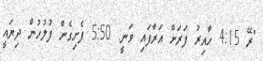
"ރޭ 4:15 ހާއިރު ފަރަށް އަރާފައި ވަނީ. 5:50 ފެށިގެން ފުލުހުން ދިޔައީ